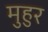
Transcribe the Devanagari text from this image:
मुहुर